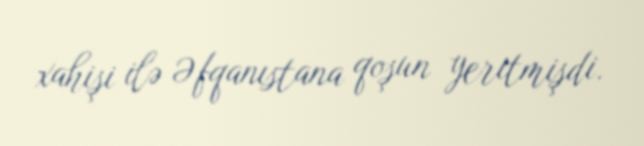
xahişi ilə Əfqanıstana qoşun yeritmişdi.